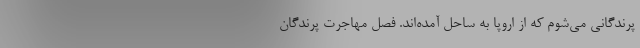
پرندگانی می‌شوم که از اروپا به ساحل آمده‌‌اند. فصل مهاجرت پرندگان